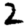
Digit: 2